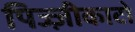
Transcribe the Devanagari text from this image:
पिज्ज़ीकाटो